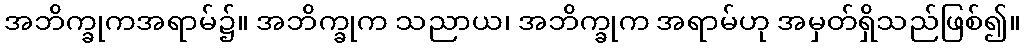
အဘိက္ခုကအရာမ်၌။ အဘိက္ခုက သညာယ၊ အဘိက္ခုက အရာမ်ဟု အမှတ်ရှိသည်ဖြစ်၍။